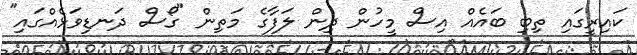
ކައިރީގައި ތިބި ބައެއް އިސް މީހުން ދިން ލަފާގެ މަތިން "ގޯސް ދަނޑިވަޅެއްގައި"